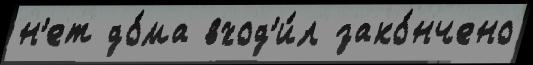
н'ет до́ма вход'и́л зако́нчено